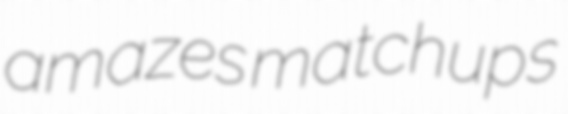
amazes matchups